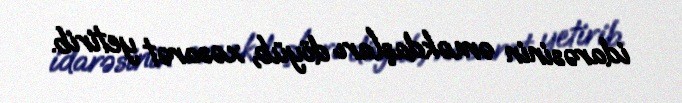
idarəsinin əməkdaşları döyüb, xəsarət yetirib.